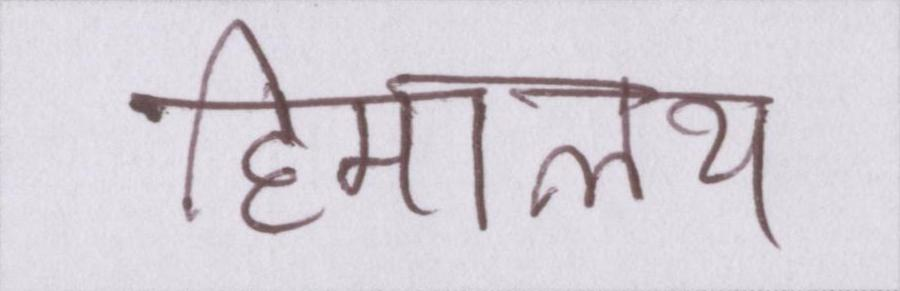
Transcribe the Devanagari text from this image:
हिमालय